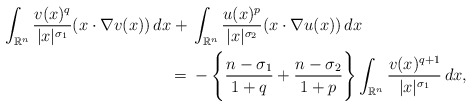
\begin{align*}\int_{\mathbb{R}^n} \frac{v(x)^q}{|x|^{\sigma_1}} (x\cdot \nabla v(x)) \,dx + {} & \int_{\mathbb{R}^n} \frac{u(x)^p}{|x|^{\sigma_2}} (x\cdot \nabla u(x)) \,dx \\= {} & -\Bigg\lbrace \frac{n-\sigma_1}{1+q} + \frac{n-\sigma_2}{1+p}\Bigg\rbrace\int_{\mathbb{R}^n} \frac{v(x)^{q+1}}{|x|^{\sigma_1}}\,dx,\end{align*}